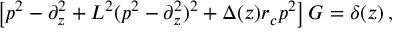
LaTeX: \left[ p ^ { 2 } - \partial _ { z } ^ { 2 } + L ^ { 2 } ( p ^ { 2 } - \partial _ { z } ^ { 2 } ) ^ { 2 } + \Delta ( z ) r _ { c } p ^ { 2 } \right] G = \delta ( z ) \, ,